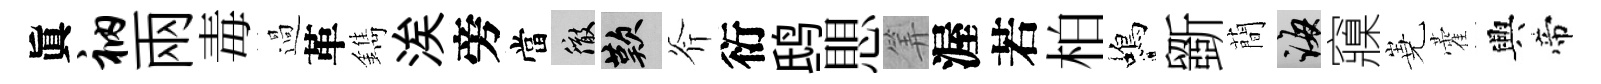
眞衲兩毒過革鐫涘旁當徹嘆斧衍鸱愳筭渥若柏蝎斵蕳誨䆿嶤藿興帝